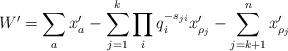
\begin{align*}W' = \sum_a x'_a - \sum_{j=1}^k \prod_{i} q_i^{-s_{j i}} x'_{\rho_j} - \sum_{j=k+1}^n x'_{\rho_j}\end{align*}